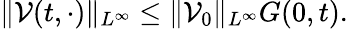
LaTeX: \| \mathcal{V}(t,\cdot)\| _{L^{\infty}}\leq\| \mathcal{V}_{0}\| _{L^{\infty}}G(0,t).